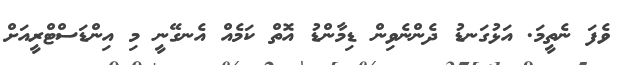
ވެފަ ނެތީމަ. އަޅުގަނޑު ދެންނެވިން ޑިމާންޑު އޮތް ކަމެއް އެނގޭނީ މި އިންޑަސްޓްރީއަށް